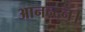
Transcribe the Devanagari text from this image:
आनन्दन।